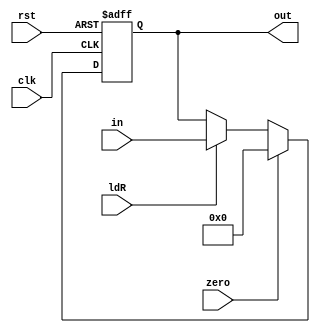
// **************************************************************************************
// Project: AFTAB
// Version: 1.0
// Date:
//
// Module Name: aftab_register
// Description:
//
// Dependencies:
//
// File content description:
// register for AFTAB datapath
//
// **************************************************************************************
`timescale 1ns/1ns

module aftab_register #( parameter size = 4) (
    input [size-1:0] in,
    input ldR,
    input clk,
    input zero,
    input rst,
    output [size-1:0] out
);

    reg [size-1:0] Rreg;
    assign out = Rreg;

    always @ (posedge clk, posedge rst) begin: RREG
        if(rst)
            Rreg = {(size){1'b0}};
        else if(zero)
            Rreg = {(size){1'b0}};
        else if(ldR)
            Rreg = in;
    end

endmodule